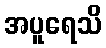
အပူရေသိ